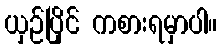
ယှဉ်ပြိုင် ကစားရမှာပါ။